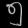
Digit: ၅